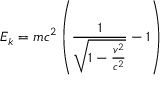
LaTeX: E _ { k } = m c ^ { 2 } \left( { \frac { 1 } { \sqrt { 1 - { \frac { v ^ { 2 } } { c ^ { 2 } } } } } } - 1 \right)